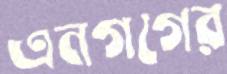
এনগগের